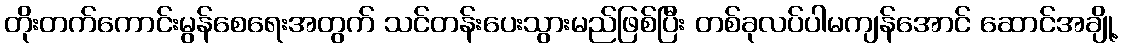
တိုးတက်ကောင်းမွန်စေရေးအတွက် သင်တန်းပေးသွားမည်ဖြစ်ပြီး တစ်ခုလပ်ပါမကျန်အောင် ဆောင်အချို့